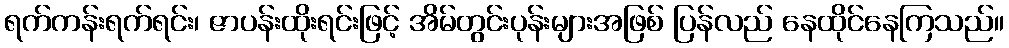
ရက်ကန်းရက်ရင်း၊ ဇာပန်းထိုးရင်းဖြင့် အိမ်တွင်းပုန်းများအဖြစ် ပြန်လည် နေထိုင်နေကြသည်။